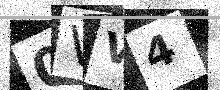
Text: 0VV4